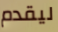
ليقدم